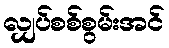
လျှပ်စစ်စွမ်းအင်